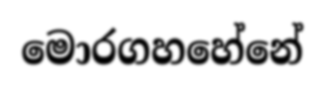
මොරගහහේනේ